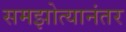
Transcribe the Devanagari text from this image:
समझोत्यानंतर